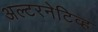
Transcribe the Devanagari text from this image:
अल्टरनेटिव्ह